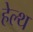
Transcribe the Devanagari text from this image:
हेल्‍थ